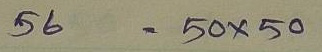
56 = 50 x 50